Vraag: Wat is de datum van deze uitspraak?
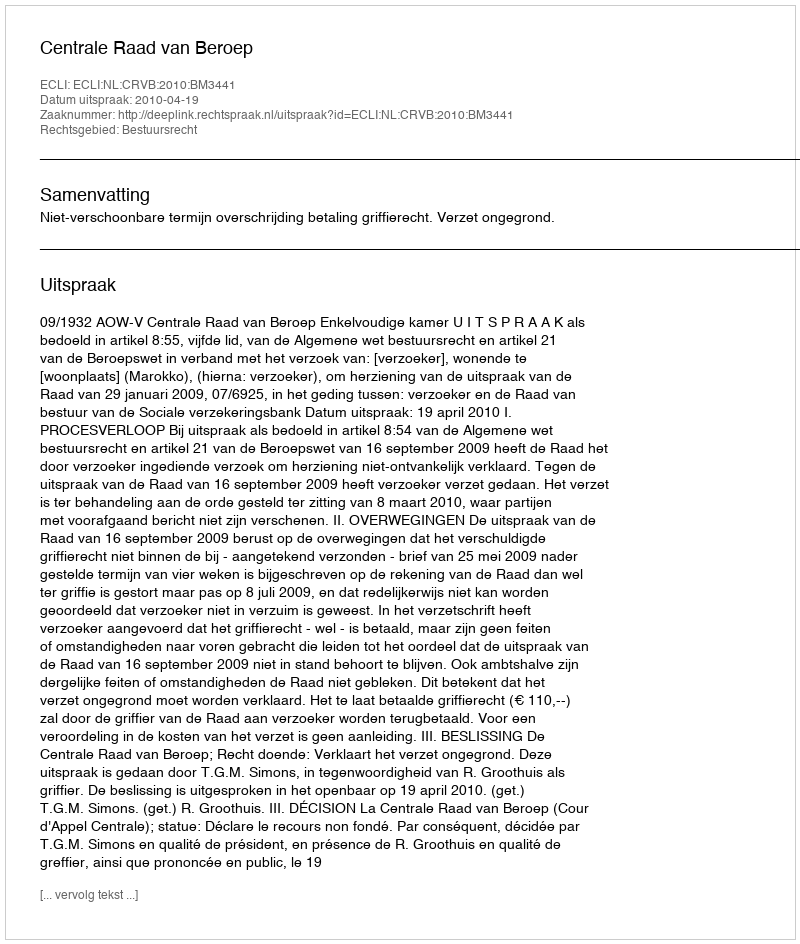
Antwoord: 2010-04-19